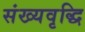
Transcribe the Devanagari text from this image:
संख्यवृद्धि